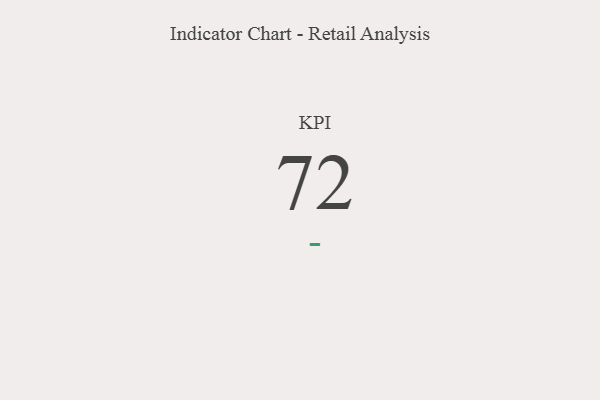
{"axis": {"x": "KPI", "y": "Value"}, "legend": [""], "data": [{"x": "KPI", "y": 72, "type": ""}]}